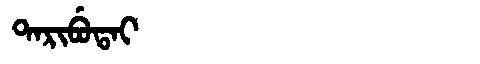
Manchu: ᡨᠠᡵᡳᠪᡠᡨᠠᡳ
Romanization: TARIBUTAI